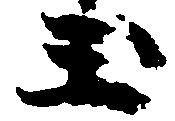
玉